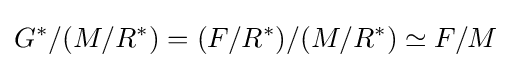
G^{\ast }/(M/R^{\ast })=(F/R^{\ast })/(M/R^{\ast })\simeq F/M